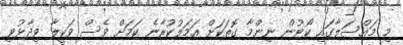
މި މައްސަލާގައި ކޯޓުން ނިންމާ ގޮތަކަށް އަމަލުކުރާނެ ކަމަށް ވެސް ވަކީލާ ވިދާޅުވި